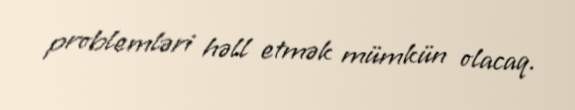
problemləri həll etmək mümkün olacaq.